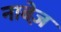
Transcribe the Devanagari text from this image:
नाबेज़